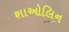
શાઓલિન